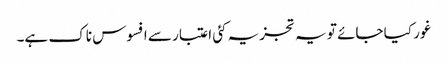
غور کیا جائے تو یہ تجزیہ کئی اعتبار سے افسوس ناک ہے۔